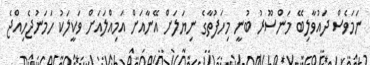
ނަމަވެސް ދައުވާލިބޭ މަންސޫރު ބުނީ މިހަފުތާގެ ނިޔަލަށް އޭނާއަށް އަމިއްލައަށް ވަކީލަކު ހަމަނުޖެހިއްޖެ